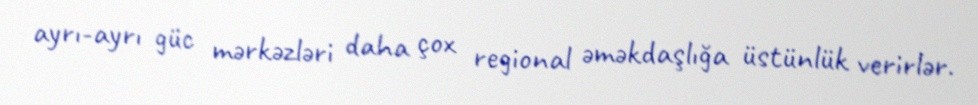
ayrı-ayrı güc mərkəzləri daha çox regional əməkdaşlığa üstünlük verirlər.